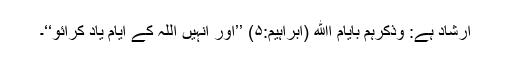
ارشاد ہے: وَذَکِّرْہُمْ بِاَیَّامِ اﷲِ (ابراہیم:۵) ’’اور انہیں اللہ کے ایام یاد کرائو‘‘۔